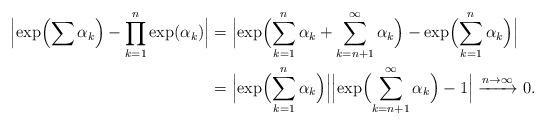
LaTeX: \begin{align*}\Bigl|\exp\Bigl(\sum\alpha_k\Bigr)-\prod_{k=1}^n\exp(\alpha_k)\Bigr|&=\Bigl|\exp\Bigl(\sum_{k=1}^n\alpha_k+\sum_{k=n+1}^\infty\alpha_k\Bigr)-\exp\Bigl(\sum_{k=1}^n\alpha_k\Bigr)\Bigr|\\&=\Bigl|\exp\Bigl(\sum_{k=1}^n\alpha_k\Bigr)\Bigr|\Bigl|\exp\Bigl(\sum_{k=n+1}^\infty\alpha_k\Bigr)-1\Bigr|\xrightarrow{n\to\infty}0.\end{align*}